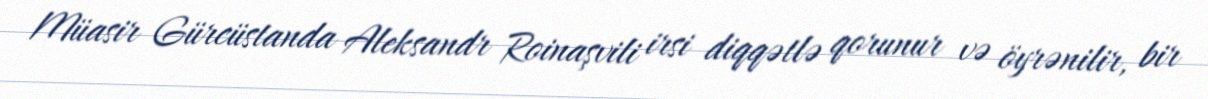
Müasir Gürcüstanda Aleksandr Roinaşvili irsi diqqətlə qorunur və öyrənilir, bir